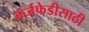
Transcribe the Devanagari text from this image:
कर्जफेडीसाठी